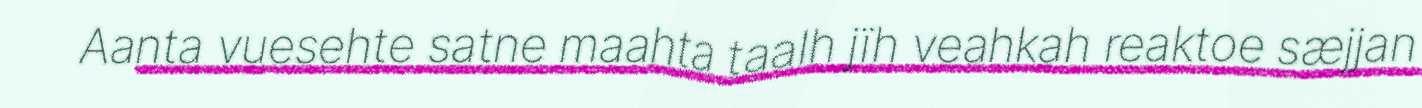
Aanta vuesehte satne maahta taalh jïh veahkah reaktoe sæjjan